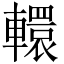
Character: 轘